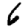
Digit: 6